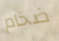
ضخام